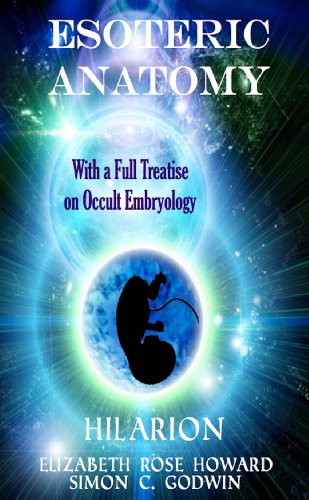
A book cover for Esoteric Anatomy & Occult Embryology; Hilarion; Medical Books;